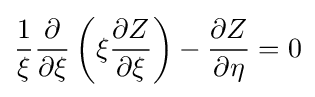
{\frac {1}{\xi }}{\frac {\partial }{\partial \xi }}\left(\xi {\frac {\partial Z}{\partial \xi }}\right)-{\frac {\partial Z}{\partial \eta }}=0